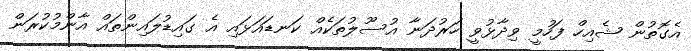
އެގޮތުން ޝެއިހް ފަހުމީ ވިދާޅުވީ ހަރުދަނާ އުސޫލުތަކެއް ކަނޑައަޅައި އެ ގައިޑުލައިންތައް އާންމުކުރަން